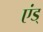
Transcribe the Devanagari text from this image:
एंड्